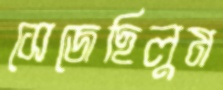
সেজেছিলুম